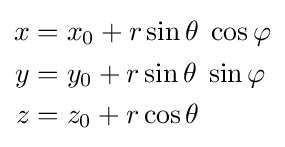
{\begin{aligned}x&=x_{0}+r\sin \theta \;\cos \varphi \\y&=y_{0}+r\sin \theta \;\sin \varphi \\z&=z_{0}+r\cos \theta \,\end{aligned}}